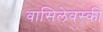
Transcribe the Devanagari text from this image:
वासिलेवस्की